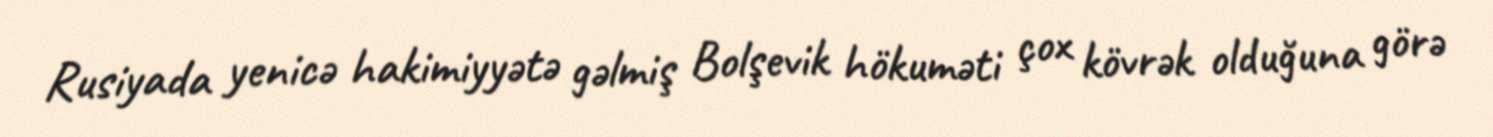
Rusiyada yenicə hakimiyyətə gəlmiş Bolşevik hökuməti çox kövrək olduğuna görə